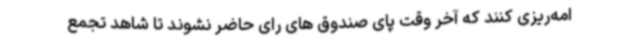
امه‌ریزی کنند که آخر وقت پای صندوق های رای حاضر نشوند تا شاهد تجمع